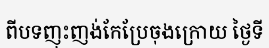
ពីបទញុះញង់កែប្រែចុងក្រោយ ថ្ងៃទី